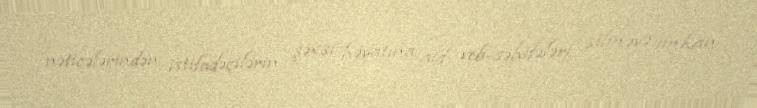
nəticələrindən istifadəçilərin şəxsi həyatına aid veb-səhifələri silməyə imkan